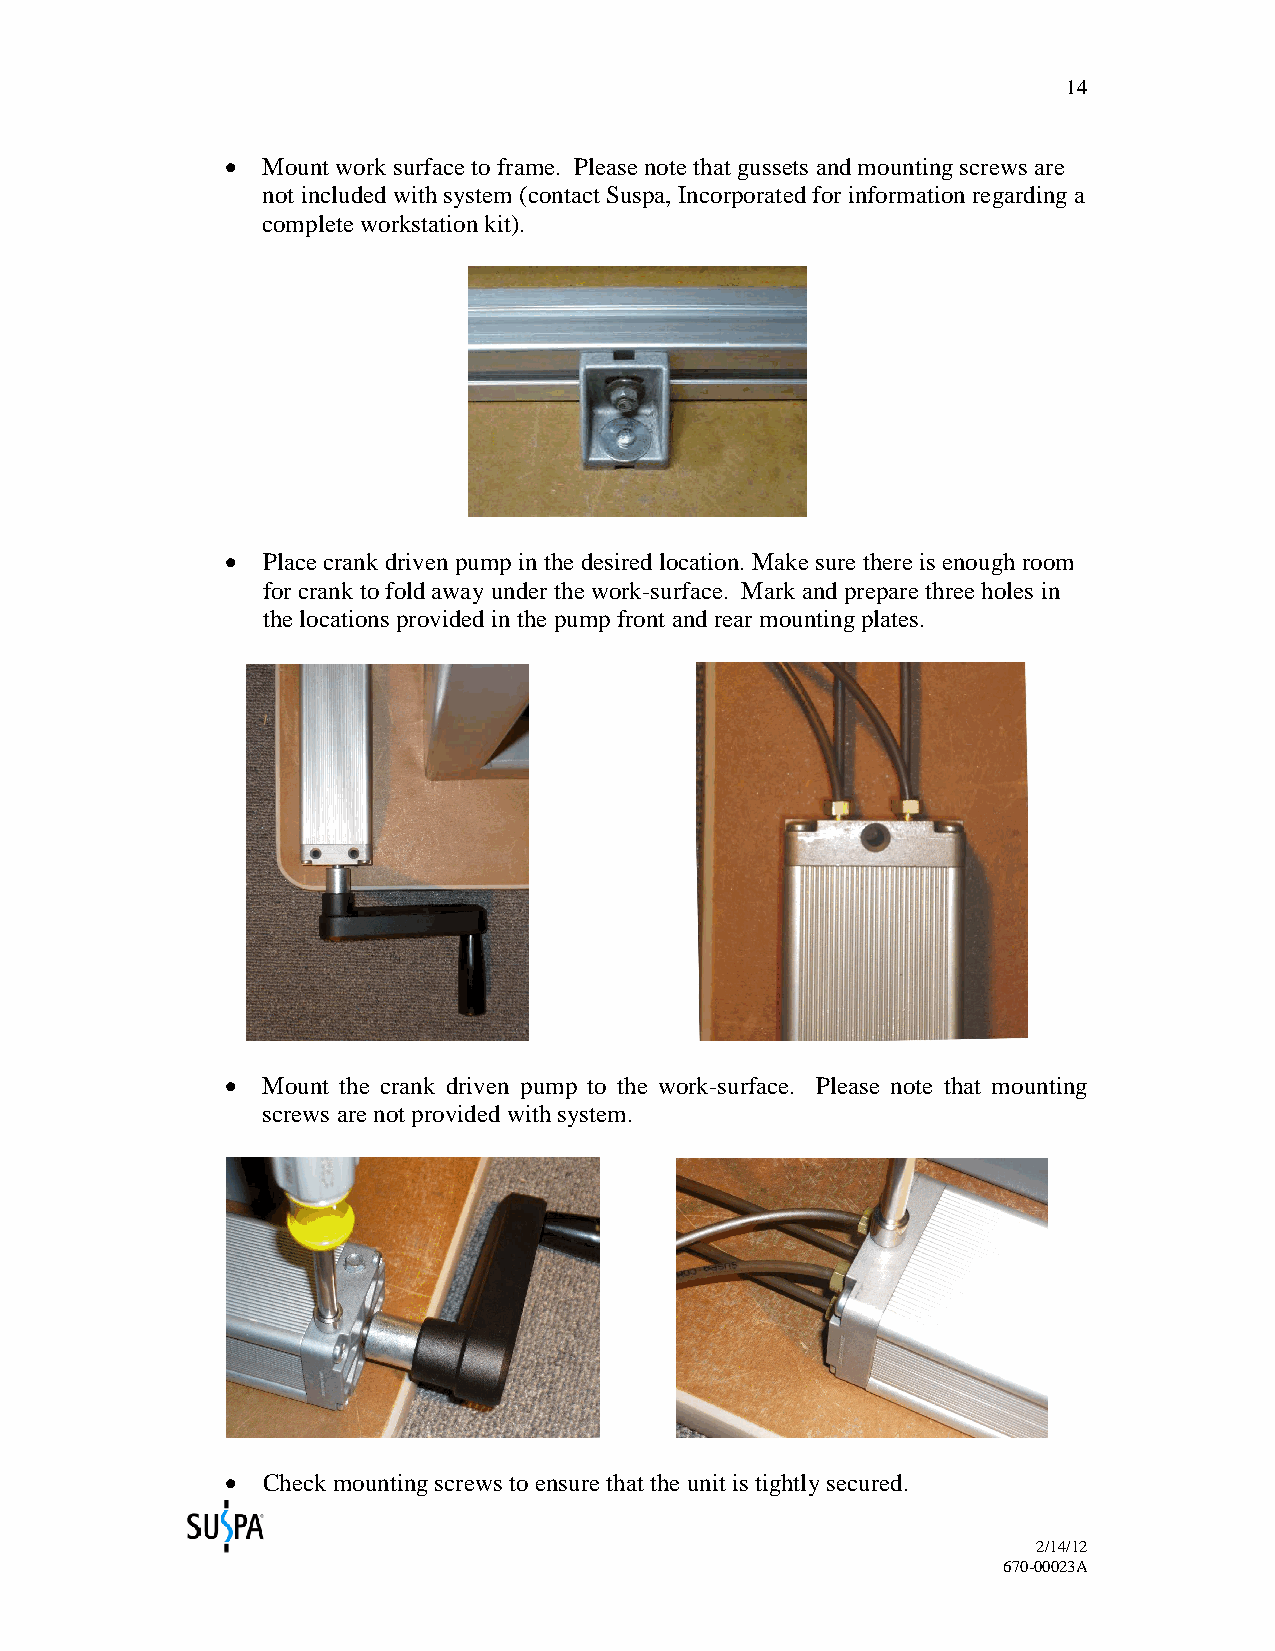
14
 • Mount work surface to frame. Please note that gussets and mounting screws are
 not included with system (contact Suspa, Incorporated for information regarding a
 complete workstation kit).
 • Place crank driven pump in the desired location. Make sure there is enough room
 for crank to fold away under the work-surface. Mark and prepare three holes in
 the locations provided in the pump front and rear mounting plates.
 • Mount the crank driven pump to the work-surface. Please note that mounting
 screws are not provided with system.
 • Check mounting screws to ensure that the unit is tightly secured.
 2/14/12
 670-00023A